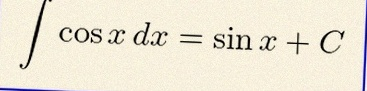
\int \cos x\,dx=\sin x+C